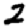
Digit: 2